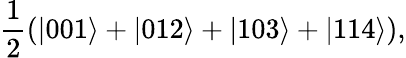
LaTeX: \frac{1}{2}(|001\rangle+|012\rangle+|103\rangle+|114\rangle),